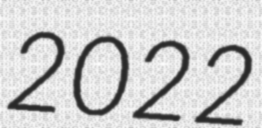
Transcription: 2022